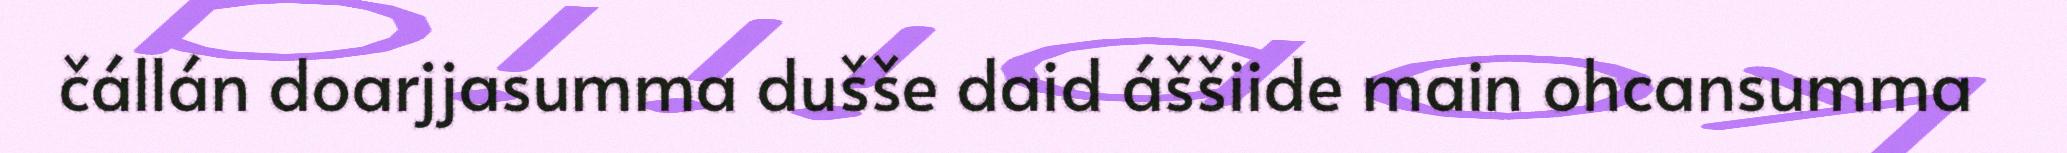
čállán doarjjasumma dušše daid áššiide main ohcansumma